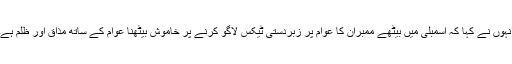
انہوں نے کہا کہ اسمبلی میں بیٹھے ممبران کا عوام پر زبردستی ٹیکس لاگو کرنے پر خاموش بیٹھنا عوام کے ساتھ مذاق اور ظلم ہے۔